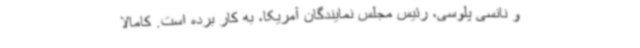
و نانسی پلوسی، رئیس مجلس نمایندگان آمریکا، به کار برده است. کامالا